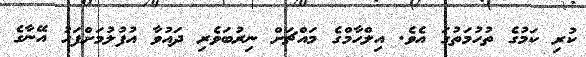
ކުރި ކަމުގެ ތުހުމަތުގަ އެވެ. އިލްހާމްގެ މައްޗަށް ނިރުބަވެރި ދައުވާ އުފުލުމަށްފަހު އޭނާގެ